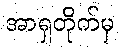
အာရှတိုက်မှ